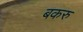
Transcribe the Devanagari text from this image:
बकरु